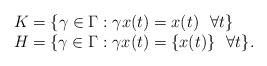
\begin{align*} \begin{array}{l} K=\{\gamma\in\Gamma:\gamma x(t)=x(t)~~\forall t\}\\ H=\{\gamma\in\Gamma:\gamma x(t)=\{x(t)\}~~\forall t\}. \end{array}\end{align*}